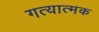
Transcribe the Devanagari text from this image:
गत्‍यात्‍मक